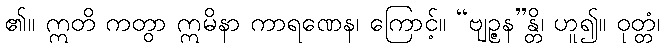
၏။ ဣတိ ကတွာ ဣမိနာ ကာရဏေန၊ ကြောင့်။ “ဗျဉ္ဇန”န္တိ၊ ဟူ၍။ ဝုတ္တံ၊